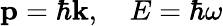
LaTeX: \mathbf{p}=\hbar\mathbf{k},\quad E=\hbar\omega